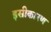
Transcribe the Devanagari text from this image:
इसीकारण